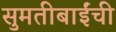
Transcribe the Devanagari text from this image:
सुमतीबाईंची